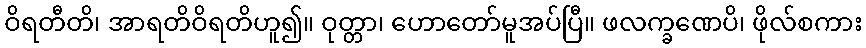
ဝိရတီတိ၊ အာရတိဝိရတိဟူ၍။ ဝုတ္တာ၊ ဟောတော်မူအပ်ပြီ။ ဖလက္ခဏေပိ၊ ဖိုလ်စကား